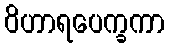
ဝိဟာရပေက္ခကာ